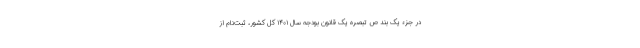
در جزء یک بند ص تبصره یک قانون بودجه سال ۱۴۰۱ کل کشور، ثبت‌نام از